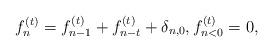
LaTeX: \begin{align*}f^{(t)}_n=f^{(t)}_{n-1}+f^{(t)}_{n-t}+\delta_{n,0}, f^{(t)}_{n<0}=0,\end{align*}